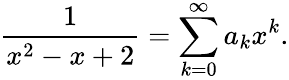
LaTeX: {\frac{1}{x^{2}-x+2}}=\sum_{k=0}^{\infty}a_{k}x^{k}.